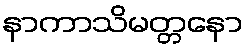
နာကာသိမတ္တနော